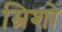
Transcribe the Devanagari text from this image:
म्रिशो